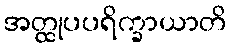
အတ္ထုပပရိက္ခာယာတိ